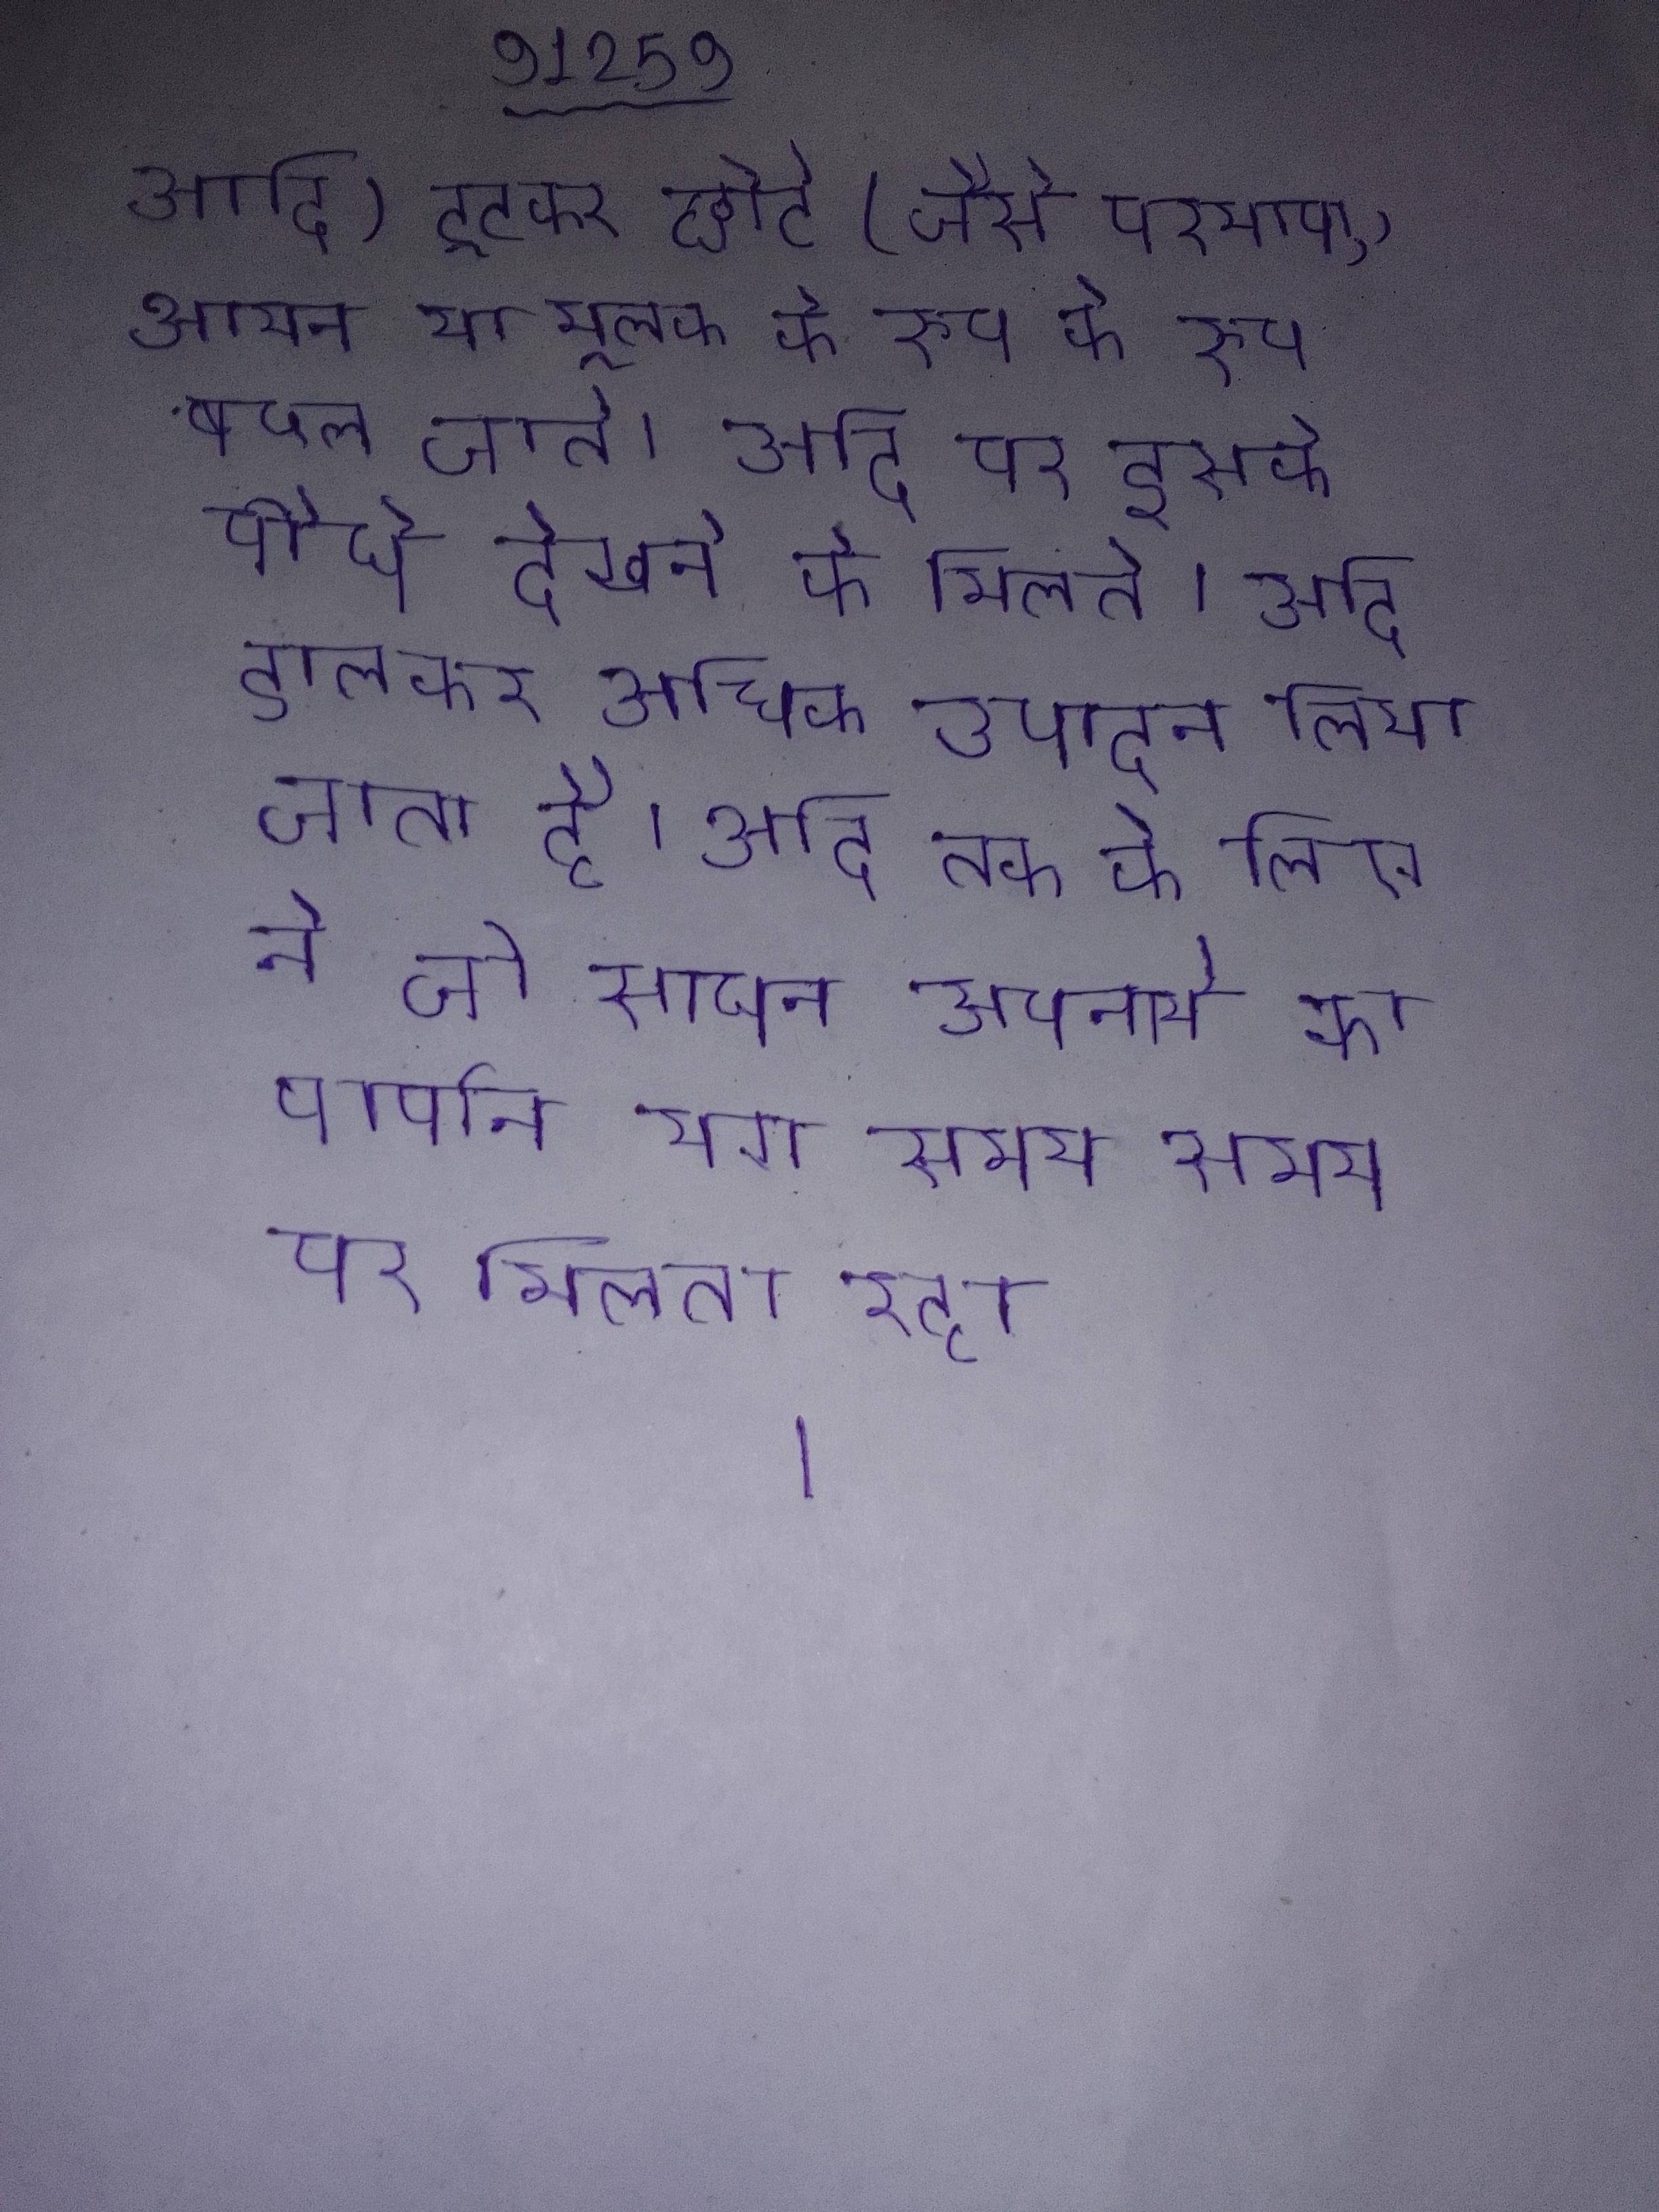
आदि) टूटकर छोटे (जैसे परमाणु, आयन या मूलक के रूप के रूप बदल जाते । आदि पर इसके पौधे देखने को मिलते । आदि डालकर अधिक उत्पादन लिया जाता है । आदि तक के लिए ने जो साधन अपनाये का वर्णन योग समय समय पर मिलता रहा ।